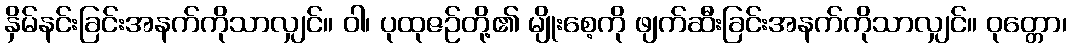
နှိမ်နင်းခြင်းအနက်ကိုသာလျှင်။ ဝါ၊ ပုထုဇဉ်တို့၏ မျိုးစေ့ကို ဖျက်ဆီးခြင်းအနက်ကိုသာလျှင်။ ဝုတ္တော၊